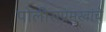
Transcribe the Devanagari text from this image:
पोलीसप्रमुखांचे